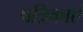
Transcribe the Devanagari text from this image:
पत्रिकाएं